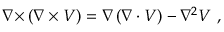
{ \boldsymbol { \nabla \times } } \left( { \boldsymbol { \nabla \times V } } \right) = { \boldsymbol { \nabla } } \left( { \boldsymbol { \nabla \cdot V } } \right) - \nabla ^ { 2 } { \boldsymbol { V } } \ ,